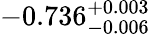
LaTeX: -0.736_{-0.006}^{+0.003}